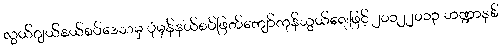
လွယ်ဂျယ်နယ်စပ်ဒေသမှ ပုံမှန်နယ်စပ်ဖြတ်ကျော်ကုန်သွယ်ရေးဖြင့် ၂၀၁၂၂၀၁၃ ဘဏ္ဍာနှစ်